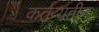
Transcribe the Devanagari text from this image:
कर्तव्यहीन